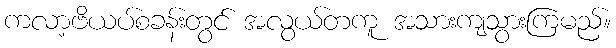
ကလာ့ဗိယပ်စခန်းတွင် အလွယ်တကူ အသားကျသွားကြမည်။